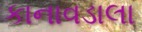
કાનાવડાલા